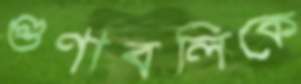
গুণাবলিকে